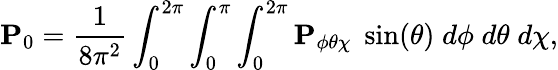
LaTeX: \mathbf{P}_{0}=\frac{1}{8\pi^{2}}\int_{0}^{2\pi}\int_{0}^{\pi}\int_{0}^{2\pi}\mathbf{P}_{\phi\theta\chi}\; \sin(\theta)\; d\phi\; d\theta\; d\chi,